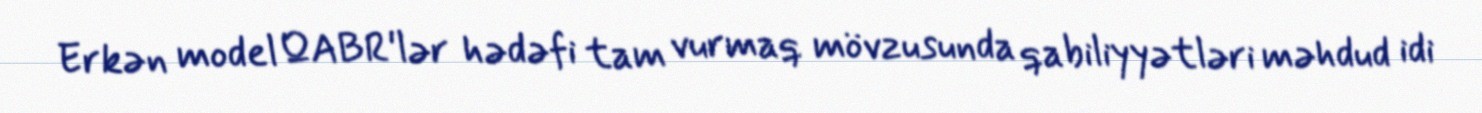
Erkən model QABR'lər hədəfi tam vurmaq mövzusunda qabiliyyətləri məhdud idi